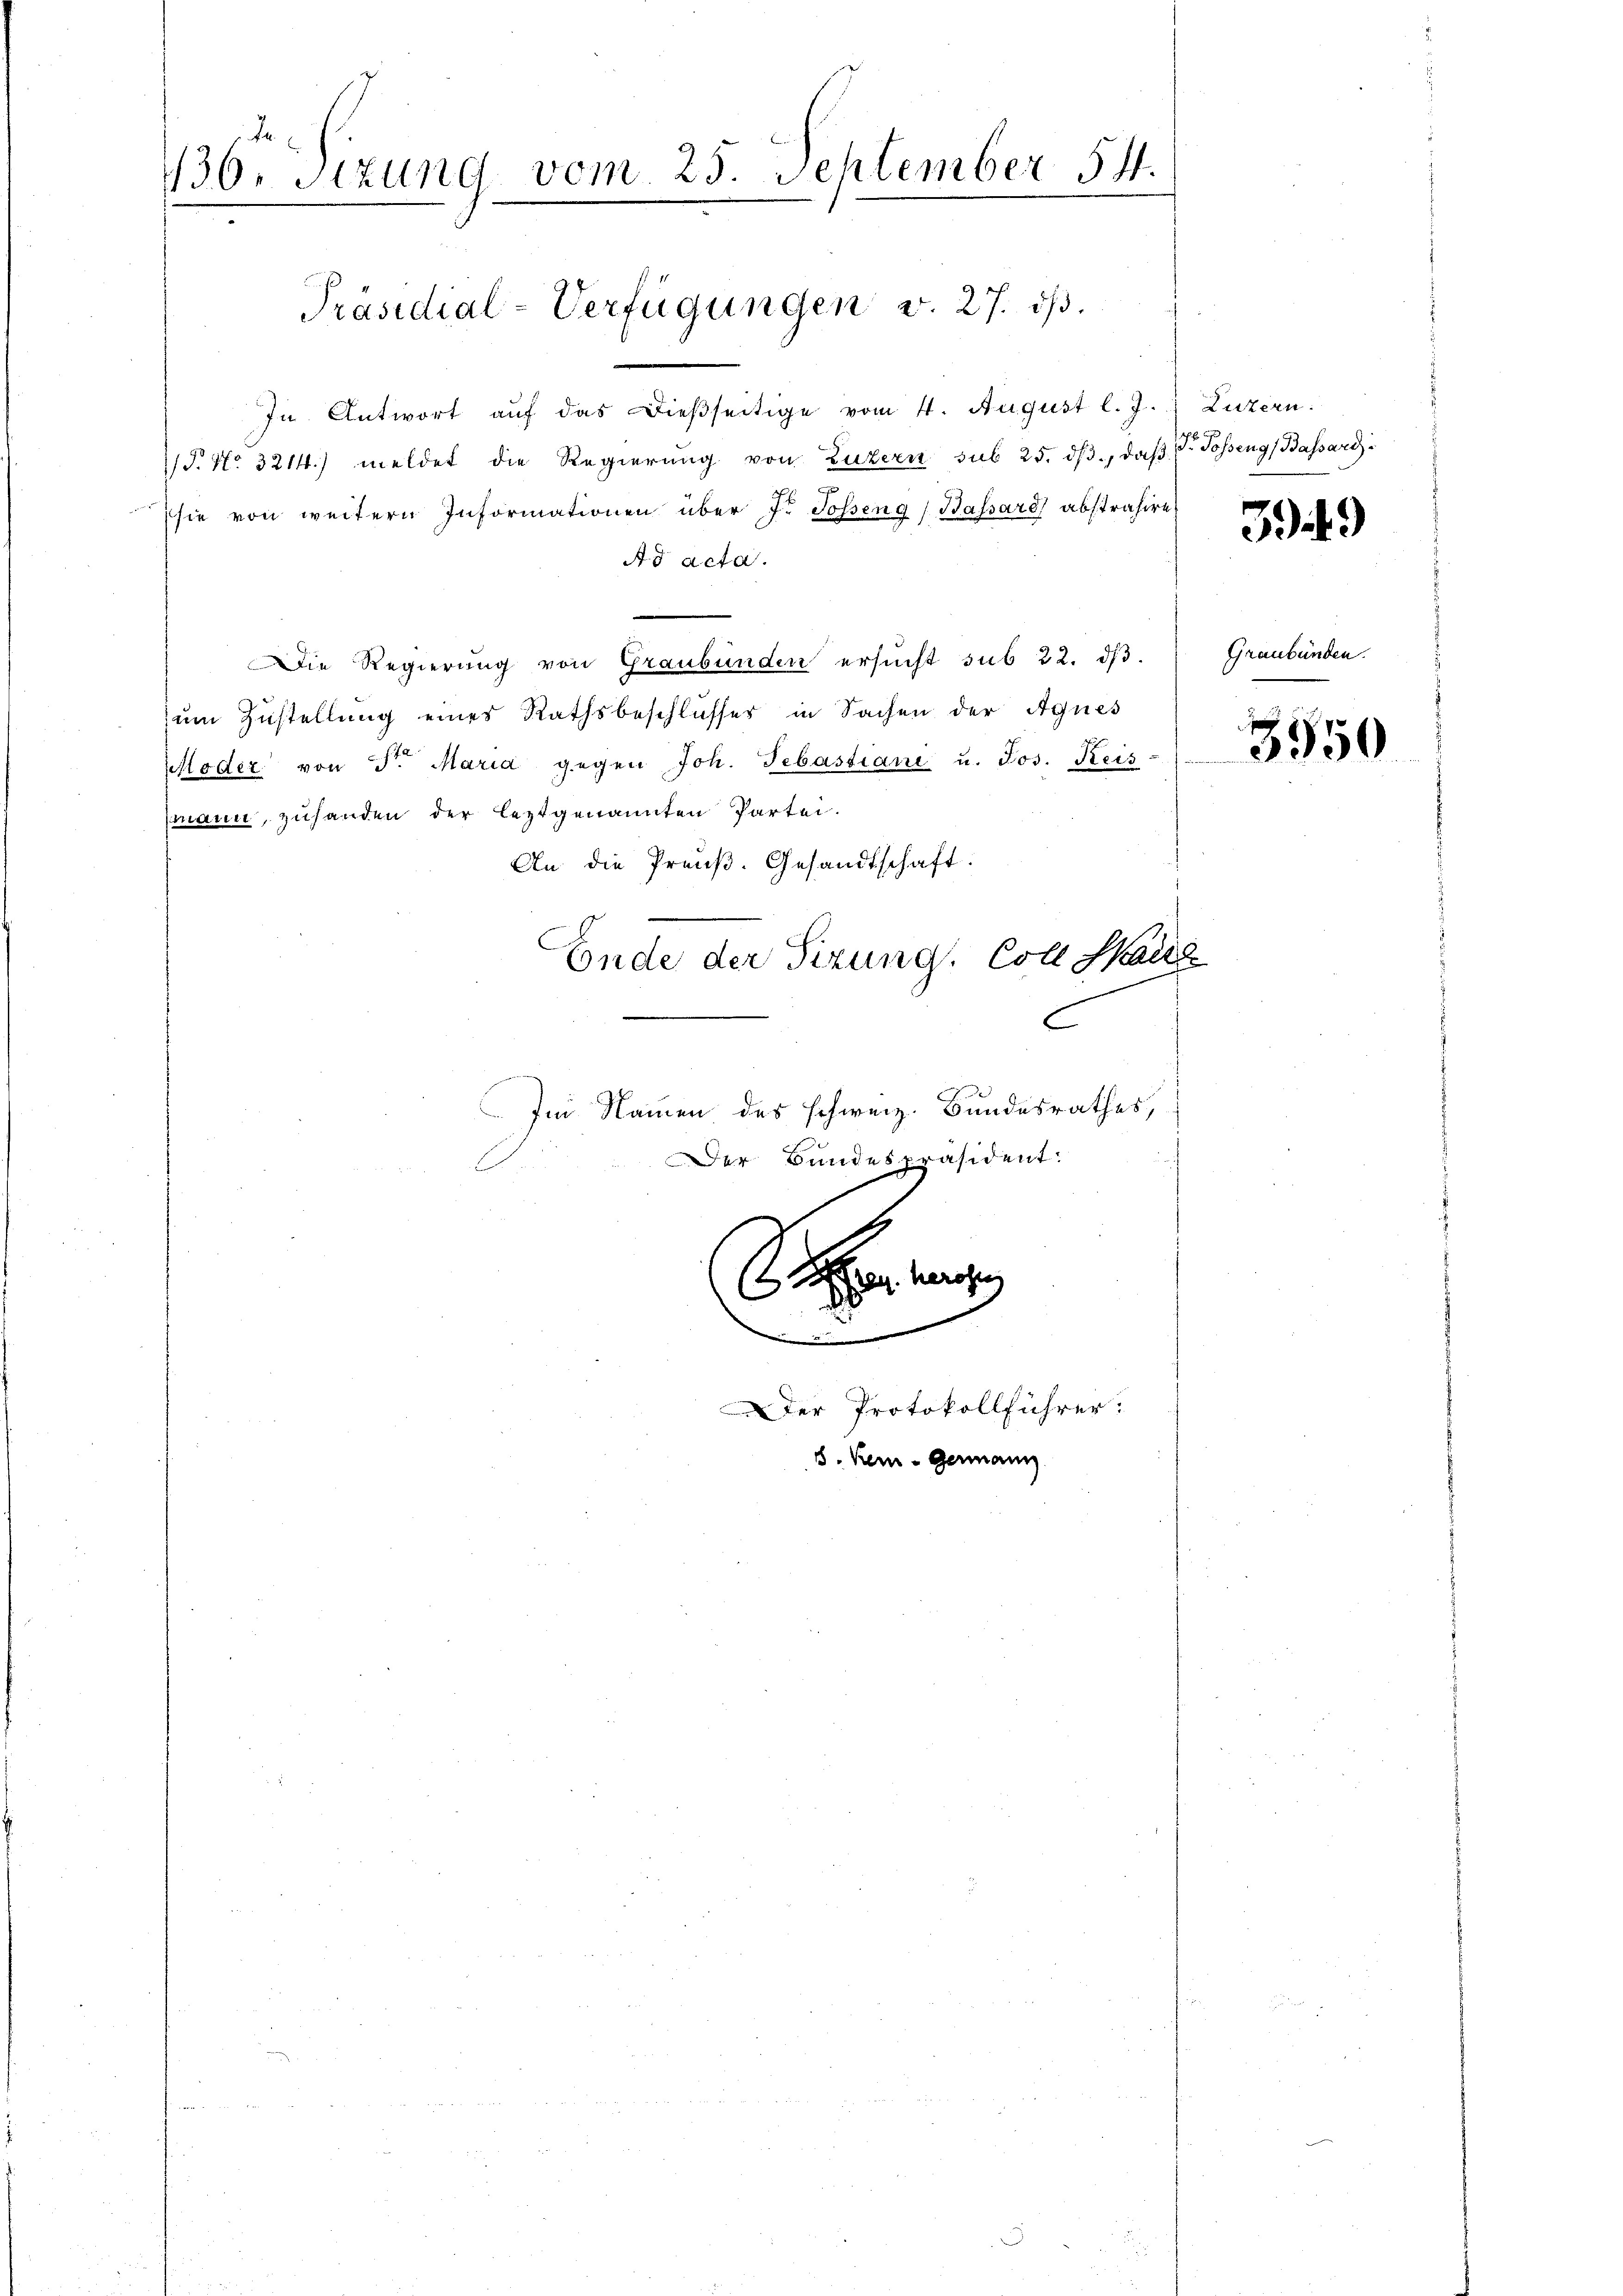
In Antwort aŭf das dießseitige vom 4. August l. J. Luzern.
T. No. 3214.) meldet die Regierung von Luzern sub 25. dβ, daß Dr. Posseng (Bassard
sie von weitern Informationen über 7. Josseng, Bassard abstrahire
Ad acta.
Die Regierung von Graubünden ersucht sub 22. dβ.
um Zustellung eines Rathsbeschlusses in Sachen der Agnes
Moder von Sr. Maria gegen Joh. Sebastiani u. Jos. Keis-
mann, zuhanden der leztgenannten Partei-
An die Preuß. Gesandtschaft:
Ende der Sizung. Coll Haus
C
Im Namen des schweiz. Bundesrathes,
Der Bundespräsident:

136. Sizung vom 25. September 54.
.

Präsidial-Verfügungen v. 27. ds.

B

Sa

.
8. Kei-Germann

Der Protokollführer:

3949)

Graubünden.

3550